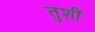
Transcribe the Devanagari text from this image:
तुशीं